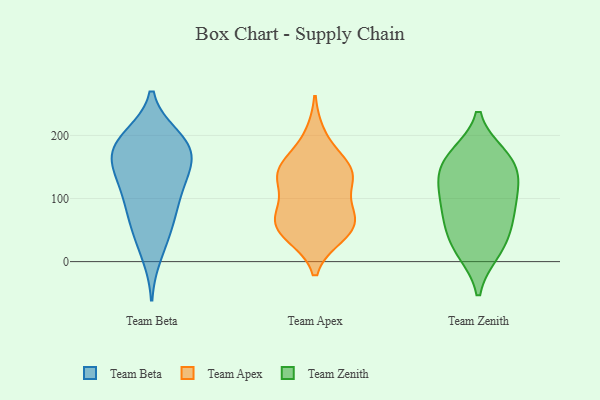
{"axis": {"x": "Revenue (USD Million)", "y": "Value"}, "legend": ["Team Apex", "Team Beta", "Team Zenith"], "data": [{"x": "", "y": 105, "type": "Team Beta"}, {"x": "", "y": 10, "type": "Team Beta"}, {"x": "", "y": 169, "type": "Team Beta"}, {"x": "", "y": 66, "type": "Team Beta"}, {"x": "", "y": 152, "type": "Team Beta"}, {"x": "", "y": 198, "type": "Team Beta"}, {"x": "", "y": 129, "type": "Team Beta"}, {"x": "", "y": 100, "type": "Team Beta"}, {"x": "", "y": 184, "type": "Team Beta"}, {"x": "", "y": 169, "type": "Team Beta"}, {"x": "", "y": 66, "type": "Team Beta"}, {"x": "", "y": 198, "type": "Team Beta"}, {"x": "", "y": 42, "type": "Team Beta"}, {"x": "", "y": 126, "type": "Team Beta"}, {"x": "", "y": 188, "type": "Team Beta"}, {"x": "", "y": 160, "type": "Team Beta"}, {"x": "", "y": 138, "type": "Team Apex"}, {"x": "", "y": 148, "type": "Team Apex"}, {"x": "", "y": 150, "type": "Team Apex"}, {"x": "", "y": 76, "type": "Team Apex"}, {"x": "", "y": 48, "type": "Team Apex"}, {"x": "", "y": 127, "type": "Team Apex"}, {"x": "", "y": 151, "type": "Team Apex"}, {"x": "", "y": 66, "type": "Team Apex"}, {"x": "", "y": 67, "type": "Team Apex"}, {"x": "", "y": 126, "type": "Team Apex"}, {"x": "", "y": 200, "type": "Team Apex"}, {"x": "", "y": 41, "type": "Team Apex"}, {"x": "", "y": 44, "type": "Team Apex"}, {"x": "", "y": 79, "type": "Team Apex"}, {"x": "", "y": 125, "type": "Team Zenith"}, {"x": "", "y": 116, "type": "Team Zenith"}, {"x": "", "y": 17, "type": "Team Zenith"}, {"x": "", "y": 165, "type": "Team Zenith"}, {"x": "", "y": 39, "type": "Team Zenith"}, {"x": "", "y": 110, "type": "Team Zenith"}, {"x": "", "y": 83, "type": "Team Zenith"}, {"x": "", "y": 162, "type": "Team Zenith"}, {"x": "", "y": 67, "type": "Team Zenith"}, {"x": "", "y": 145, "type": "Team Zenith"}, {"x": "", "y": 168, "type": "Team Zenith"}, {"x": "", "y": 16, "type": "Team Zenith"}, {"x": "", "y": 68, "type": "Team Zenith"}]}